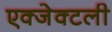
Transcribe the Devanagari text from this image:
एक्जेक्टली